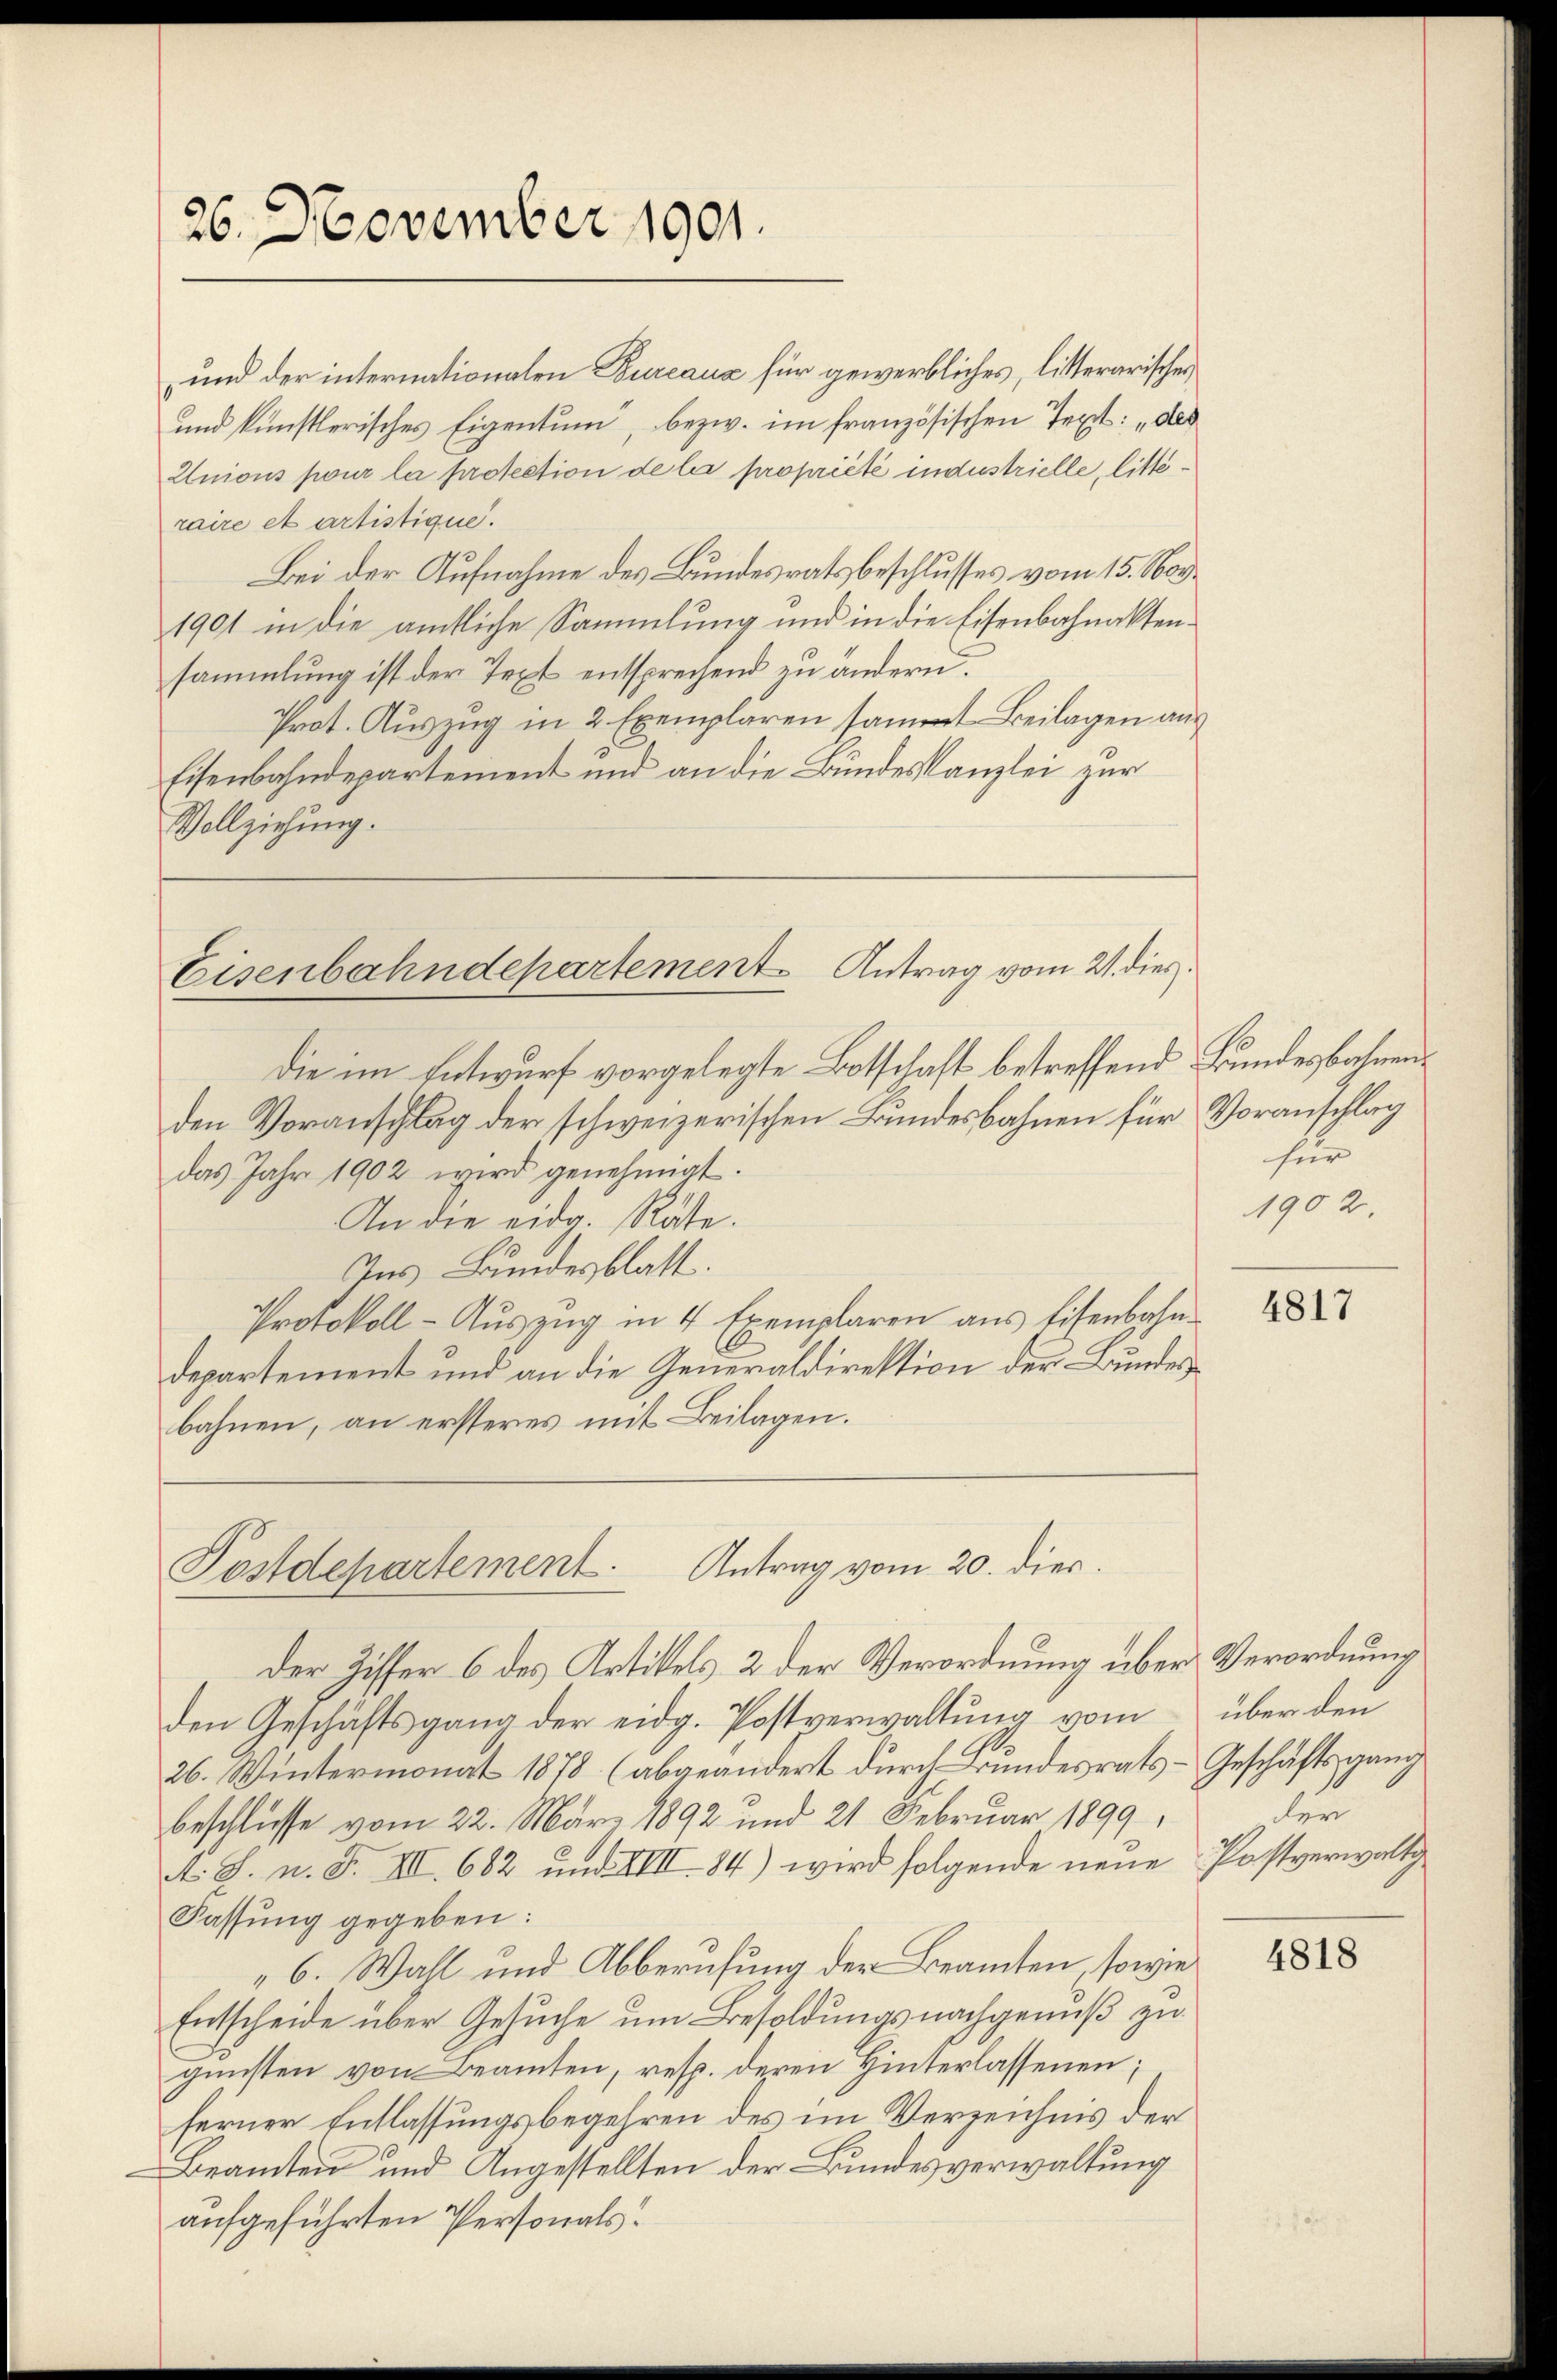
26. November 1901.

und der internationalen Bureaus für gewerbliches, litterarischen
und künstlerisches Eigentum, bezw. im französischen Text: „das
Unions pour la protection de la propriété industrielle, litteraire et artistique.
Bei der Aufnahme des Bundesrats beschlusses vom 15. Nor
1901 in die amtliche Sammlung und in die Eisenbahnaktensammlung ist der Text entsprechend zu andern.
Prot. Auszug in 2 Exemplaren sammt Beilagen aus
Eisenbahndepartement und an die Bundeskanzlei zur
Vollziehung.

die im Entwurf vorgelegte Botschaft betreffend Bundesbahnenden Voranschlag der schweizerischen Bundesbahnen für Voranschlag
das Jahr 1902 wird genehmigt.
An die eidg. Räte.
Ins Bundesblatt.
Protokoll - Auszug in 4 Exemplaren aus Eisenbahndepartement und an die Generaldirektion der Bundesbahnen, an ersteres mit Beilagen.

Eisenbahndepartement Antrag vom 21. dies

Antrag vom 20. dies
Postdepartement.

der Ziffer 6 des Artikels 2 der Verordnung über Verordnung
den Geschäftsgang der eidg. Postverwaltung vom
26. Wintermonat 1878 (abgeändert durch Bundesrats- Geschäftsgang
Beschlüsse vom 22. März 1892 und 21 Februar 1899,
A. S. n. F. VIII. 682 und VIII 84) wird folgende neue
Fassung gegeben:
6. Wahl und Abberufung der Beamten, sowie
Entscheide über Gesuche um Besoldungsnachgenuß zu
gunsten von Beamten, resp. deren Hinterlassenen;
ferner Entlassungsbegehren des im Verzeichnis der
Beamten und Angestellten der Bundesverwaltung
aufgeführten Personals.

für
1902.

4817

über den
der
Postverwaltig

4818